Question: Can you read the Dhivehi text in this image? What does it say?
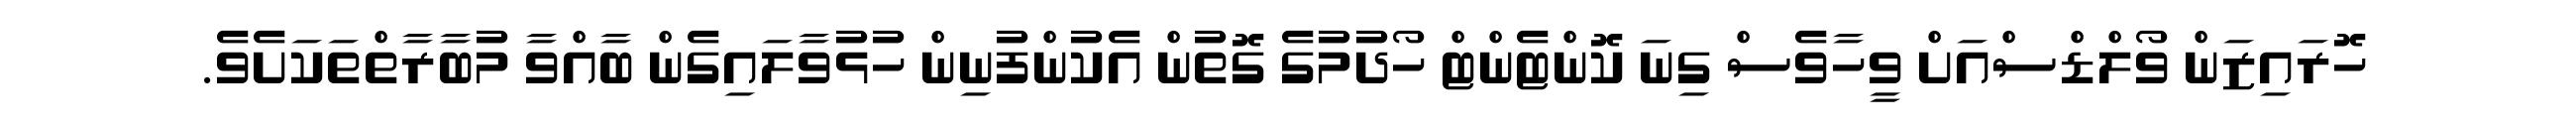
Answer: ހޮރައިޒަން ވޯލްޑްސްއަށް ވީހާވެސް ގިނަ ކޮންޓެންޓް ހޯދުމުގެ ގޮތުން އެކުންފުނިން ހުޅުވާލައިގެން ބާއްވާ މުބާރާތްތަކަށެވެ.